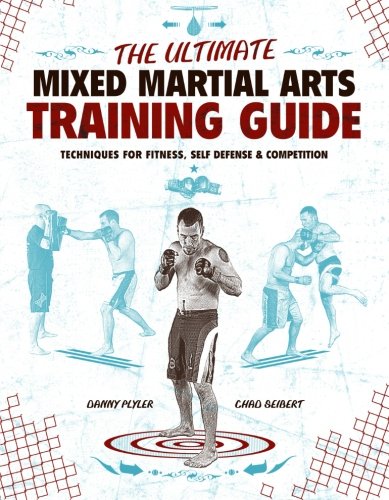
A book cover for The Ultimate Mixed Martial Arts Training Guide: Techniques for Fitness, Self Defense, and Competition; Danny Plyler; Sports & Outdoors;